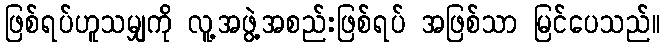
ဖြစ်ရပ်ဟူသမျှကို လူ့အဖွဲ့အစည်းဖြစ်ရပ် အဖြစ်သာ မြင်ပေသည်။